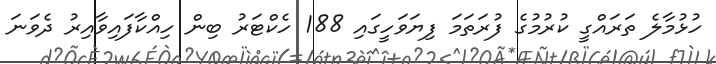
ހުޅުމާލެ ތަރައްގީ ކުރުމުގެ ފުރަތަމަ ފިޔަވަހީގައި 188 ހެކްޓަރު ބިން ހިއްކާފައިވާއިރު ދެވަނަ